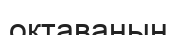
октаваның